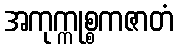
အကုက္ကုစ္စကဇာတံ